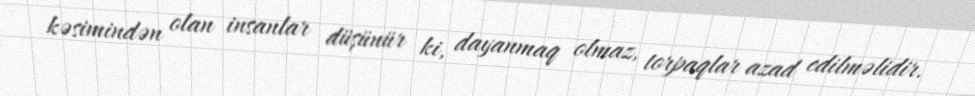
kəsimindən olan insanlar düşünür ki, dayanmaq olmaz, torpaqlar azad edilməlidir.